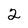
Character: 2